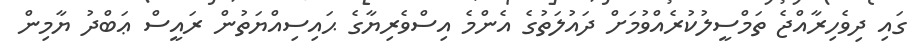
ގައި ދިވެހިރާއްޖެ ތަމްސީލުކުރެއްވުމަށް ދައުލަތުގެ އެންމެ އިސްވެރިޔާގެ ޙައިސިއްޔަތުން ރައީސް ޢަބްދު ޔާމިން